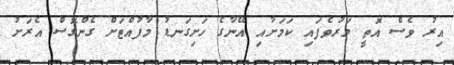
އިރު ވެސް އޮތީ މަރުވެފައި ކަމަށާއި އޭނާގެ ހަށިގަނޑު މާފުއްޓަށް ގެންގޮސް އެރަށު